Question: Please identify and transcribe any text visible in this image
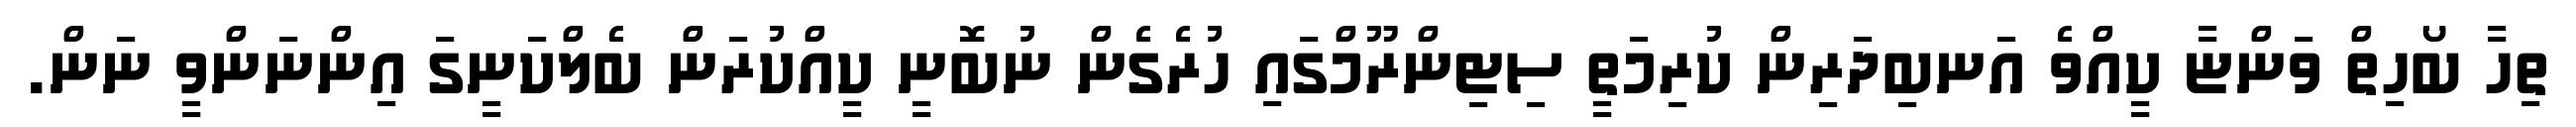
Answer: ތިހާ ބޯހިތް ވަންޏާ ކީއްވެ އަނބިދަރިން ކުރިމަތީ ސިޓިންރޫމްގައި ހުރެގެން ނުބޮނީ ކީއްކުރަން ބެލްކަނީގަ އިންނަންވީ ނަން.